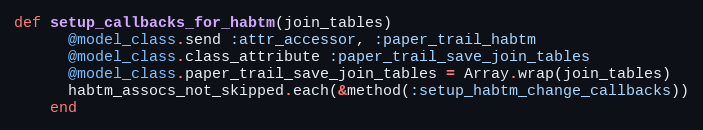
Language: Ruby
def setup_callbacks_for_habtm(join_tables)
      @model_class.send :attr_accessor, :paper_trail_habtm
      @model_class.class_attribute :paper_trail_save_join_tables
      @model_class.paper_trail_save_join_tables = Array.wrap(join_tables)
      habtm_assocs_not_skipped.each(&method(:setup_habtm_change_callbacks))
    end